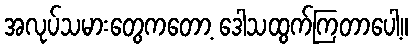
အလုပ်သမားတွေကတော့ ဒေါသထွက်ကြတာပေါ့။